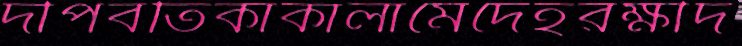
দীপবর্তিকাকালামেদেহরক্ষীদ